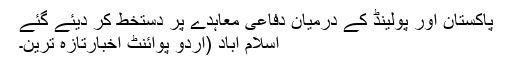
پاکستان اور پولینڈ کے درمیان دفاعی معاہدے پر دستخط کر دیئے گئے
اسلام آباد (اُردو پوائنٹ اخبارتازہ ترین۔